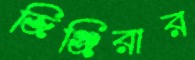
জিঞ্জিরার